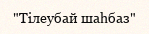
"Тілеубай шаһбаз"